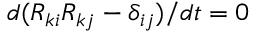
d ( R _ { k i } R _ { k j } - \delta _ { i j } ) / d t = 0